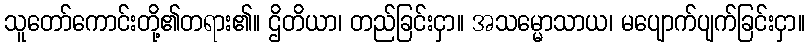
သူတော်ကောင်းတို့၏တရား၏။ ဌိတိယာ၊ တည်ခြင်းငှာ။ အသမ္မောသာယ၊ မပျောက်ပျက်ခြင်းငှာ။